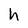
Character: h